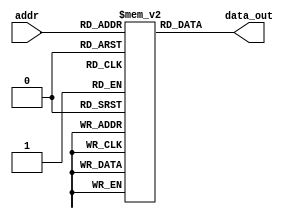
`timescale 1ns / 1ps
//////////////////////////////////////////////////////////////////////////////////
// Company: 
// Engineer: 
// 
// Design Name: 
// Module Name: InstMem
// Project Name: 
// Target Devices: 
// Tool Versions: 
// Description: 
// 
// Dependencies: 
// 
// Revision:
// Revision 0.01 - File Created
// Additional Comments:
// 
//////////////////////////////////////////////////////////////////////////////////


module InstMem (input [5:0] addr, output [31:0] data_out);
    reg [31:0] mem [0:63];
    assign data_out = mem[addr];
    
    //initialize the instruction memory
    initial begin
//program original given in lab
//        mem[0]=32'b000000000000_00000_010_00001_0000011 ; //lw x1, 0(x0)
//        mem[1]=32'b000000000100_00000_010_00010_0000011 ; //lw x2, 4(x0)
//        mem[2]=32'b000000001000_00000_010_00011_0000011 ; //lw x3, 8(x0)
//        mem[3]=32'b0000000_00010_00001_110_00100_0110011 ; //or x4, x1, x2
//        mem[4]=32'b0_000000_00011_00100_000_0100_0_1100011; //beq x4, x3, 4
//        mem[5]=32'b0000000_00010_00001_000_00011_0110011 ; //add x3, x1, x2
//        mem[6]=32'b0000000_00010_00011_000_00101_0110011 ; //add x5, x3, x2
//        mem[7]=32'b0000000_00101_00000_010_01100_0100011; //sw x5, 12(x0)
//        mem[8]=32'b000000001100_00000_010_00110_0000011 ; //lw x6, 12(x0)
//        mem[9]=32'b0000000_00001_00110_111_00111_0110011 ; //and x7, x6, x1
//        mem[10]=32'b0100000_00010_00001_000_01000_0110011 ; //sub x8, x1, x2
//        mem[11]=32'b0000000_00010_00001_000_00000_0110011 ; //add x0, x1, x2
//        mem[12]=32'b0000000_00001_00000_000_01001_0110011 ; //add x9, x0, x1
//program given in lab 7 with nops
//    mem[0]=32'b0000000_00000_00000_000_00000_0110011 ; //add x0, x0, x0
//    mem[1]=32'b000000000000_00000_010_00001_0000011 ; //lw x1, 0(x0)
//    mem[2]=32'b0000000_00000_00000_000_00000_0110011 ; //add x0, x0, x0
//    mem[3]=32'b0000000_00000_00000_000_00000_0110011 ; //add x0, x0, x0
//    mem[4]=32'b0000000_00000_00000_000_00000_0110011 ; //add x0, x0, x0
//    mem[5]=32'b000000000100_00000_010_00010_0000011 ; //lw x2, 4(x0)
//    mem[6]=32'b0000000_00000_00000_000_00000_0110011 ; //add x0, x0, x0
//    mem[7]=32'b0000000_00000_00000_000_00000_0110011 ; //add x0, x0, x0
//    mem[8]=32'b0000000_00000_00000_000_00000_0110011 ; //add x0, x0, x0
//    mem[9]=32'b000000001000_00000_010_00011_0000011 ; //lw x3, 8(x0)
//    mem[10]=32'b0000000_00000_00000_000_00000_0110011 ; //add x0, x0, x0
//    mem[11]=32'b0000000_00000_00000_000_00000_0110011 ; //add x0, x0, x0
//    mem[12]=32'b0000000_00000_00000_000_00000_0110011 ; //add x0, x0, x0
//    mem[13]=32'b0000000_00010_00001_110_00100_0110011 ; //or x4, x1, x2
//    mem[14]=32'b0000000_00000_00000_000_00000_0110011 ; //add x0, x0, x0
//    mem[15]=32'b0000000_00000_00000_000_00000_0110011 ; //add x0, x0, x0
//    mem[16]=32'b0000000_00000_00000_000_00000_0110011 ; //add x0, x0, x0
//    mem[17]=32'b0_000001_00011_00100_000_0000_0_1100011; //beq x4, x3, 16
//    mem[18]=32'b0000000_00000_00000_000_00000_0110011 ; //add x0, x0, x0
//    mem[19]=32'b0000000_00000_00000_000_00000_0110011 ; //add x0, x0, x0
//    mem[20]=32'b0000000_00000_00000_000_00000_0110011 ; //add x0, x0, x0
//    mem[21]=32'b0000000_00010_00001_000_00011_0110011 ; //add x3, x1, x2
//    mem[22]=32'b0000000_00000_00000_000_00000_0110011 ; //add x0, x0, x0
//    mem[23]=32'b0000000_00000_00000_000_00000_0110011 ; //add x0, x0, x0
//    mem[24]=32'b0000000_00000_00000_000_00000_0110011 ; //add x0, x0, x0
//    mem[25]=32'b0000000_00010_00011_000_00101_0110011 ; //add x5, x3, x2    //2196147
//    mem[26]=32'b0000000_00000_00000_000_00000_0110011 ; //add x0, x0, x0
//    mem[27]=32'b0000000_00000_00000_000_00000_0110011 ; //add x0, x0, x0
//    mem[28]=32'b0000000_00000_00000_000_00000_0110011 ; //add x0, x0, x0
//    mem[29]=32'b0000000_00101_00000_010_01100_0100011; //sw x5, 12(x0)      
//    mem[30]=32'b0000000_00000_00000_000_00000_0110011 ; //add x0, x0, x0
//    mem[31]=32'b0000000_00000_00000_000_00000_0110011 ; //add x0, x0, x0
//    mem[32]=32'b0000000_00000_00000_000_00000_0110011 ; //add x0, x0, x0
//    mem[33]=32'b000000001100_00000_010_00110_0000011 ; //lw x6, 12(x0)      //12591875 This instruction from lab7 will not work with byte addressable memroy
//    mem[34]=32'b0000000_00000_00000_000_00000_0110011 ; //add x0, x0, x0
//    mem[35]=32'b0000000_00000_00000_000_00000_0110011 ; //add x0, x0, x0
//    mem[36]=32'b0000000_00000_00000_000_00000_0110011 ; //add x0, x0, x0
//    mem[37]=32'b0000000_00001_00110_111_00111_0110011 ; //and x7, x6, x1
//    mem[38]=32'b0000000_00000_00000_000_00000_0110011 ; //add x0, x0, x0
//    mem[39]=32'b0000000_00000_00000_000_00000_0110011 ; //add x0, x0, x0
//    mem[40]=32'b0000000_00000_00000_000_00000_0110011 ; //add x0, x0, x0
//    mem[41]=32'b0100000_00010_00001_000_01000_0110011 ; //sub x8, x1, x2
//    mem[42]=32'b0000000_00000_00000_000_00000_0110011 ; //add x0, x0, x0
//    mem[43]=32'b0000000_00000_00000_000_00000_0110011 ; //add x0, x0, x0
//    mem[44]=32'b0000000_00000_00000_000_00000_0110011 ; //add x0, x0, x0
//    mem[45]=32'b0000000_00010_00001_000_00000_0110011 ; //add x0, x1, x2
//    mem[46]=32'b0000000_00000_00000_000_00000_0110011 ; //add x0, x0, x0
//    mem[47]=32'b0000000_00000_00000_000_00000_0110011 ; //add x0, x0, x0
//    mem[48]=32'b0000000_00000_00000_000_00000_0110011 ; //add x0, x0, x0
//    mem[49]=32'b0000000_00001_00000_000_01001_0110011 ; //add x9, x0, x1
//program from lab 7 suitable for forwarding ragab
//mem[0]=32'b0000000_00000_00000_000_00000_0110011 ; //add x0, x0, x0//added to be skipped since PC starts with 4 after reset 
//    mem[1]=32'b000000000000_00000_010_00001_0000011 ; //lw x1, 0(x0)     8323
//    mem[2]=32'b000000000100_00000_010_00010_0000011 ; //lw x2, 4(x0)    //4202755
//    mem[3]=32'b000000001000_00000_010_00011_0000011 ; //lw x3, 8(x0)    //8397187
//    mem[4]=32'b0000000_00010_00001_110_00100_0110011 ; //or x4, x1, x2  //2155059
////    mem[5]=32'b00000000001100100000101001100011; //beq x4, x3, 20 //36831331
//    mem[5]=32'b0_000001_00011_00100_000_0000_0_1100011; //beq x4, x3, 16
//    mem[6]=32'b0000000_00000_00000_000_00000_0110011 ; //add x0, x0, x0 
//    mem[7]=32'b0000000_00000_00000_000_00000_0110011 ; //add x0, x0, x0 
//    mem[8]=32'b0000000_00000_00000_000_00000_0110011 ; //add x0, x0, x0 
//    mem[9]=32'b0000000_00010_00001_000_00011_0110011 ; //add x3, x1, x2  //2130355
//    mem[10]=32'b0000000_00010_00011_000_00101_0110011 ; //add x5, x3, x2 //2196147
//    mem[11]=32'b0000000_00101_00000_010_01100_0100011; //sw x5, 12(x0)  //5252643
//    mem[12]=32'b000000001100_00000_010_00110_0000011 ; //lw x6, 12(x0)      //12591875
//    mem[13]=32'b0000000_00000_00000_000_00000_0110011 ; //add x0, x0, x0   
//    mem[14]=32'b0000000_00001_00110_111_00111_0110011 ; //and x7, x6, x1  //1274803
//    mem[15]=32'b0100000_00010_00001_000_01000_0110011 ; //sub x8, x1, x2
//    mem[16]=32'b0000000_00010_00001_000_00000_0110011 ; //add x0, x1, x2 
//    mem[17]=32'b0000000_00001_00000_000_01001_0110011 ; //add x9, x0, x1
//temprorary trial
mem[0]=32'b0000000_00000_00000_000_00000_0110011 ; //add x0, x0, x0//added to be skipped since PC starts with 4 after reset 
 mem[1]=32'b000000000000_00000_010_00001_0000011 ; //lw x1, 0(x0)  17
            mem[2]=32'b000000000100_00000_010_00010_0000011 ; //lw x2, 4(x0)  9
            mem[3]=32'b000000001000_00000_010_00011_0000011 ; //lw x3, 8(x0) 25
            mem[4]=32'b0000000_00010_00001_110_00100_0110011 ; //or x4, x1, x2 25
//            mem[5]=32'b00000000001100100000111001100011; //beq x4, x3, 28 0
            mem[5]=32'b00000000001100100000101001100011; //beq x4, x3, 20 0
//            mem[6]=32'b0000000_00000_00000_000_00000_0110011 ; //add x0, x0, x0
//            mem[7]=32'b0000000_00000_00000_000_00000_0110011 ; //add x0, x0, x0
//            mem[8]=32'b0000000_00000_00000_000_00000_0110011 ; //add x0, x0, x0
            mem[6]=32'b0000000_00010_00001_000_00011_0110011 ; //add x3, x1, x2
            mem[7]=32'b0000000_00000_00000_000_00000_0110011 ; //add x0, x0, x0
            mem[8]=32'b0000000_00000_00000_000_00000_0110011 ; //add x0, x0, x0
            mem[9]=32'b0000000_00000_00000_000_00000_0110011 ; //add x0, x0, x0
            mem[10]=32'b0000000_00010_00011_000_00101_0110011 ; //add x5, x3, x2 34
            mem[11]=32'b0000000_00101_00000_010_01100_0100011; //sw x5, 12(x0)
            mem[12]=32'b000000001100__00000_010_00110_0000011; //lw x6, 12(x0)
//            mem[15]=32'b0000000_00000_00000_000_00000_0110011 ; //add x0, x0, x0
            mem[13]=32'b0000000_00001_00110_111_00111_0110011 ; //and x7, x6, x1
            mem[14]=32'b0100000_00010_00001_000_01000_0110011 ; //sub x8, x1, x2
            mem[15]=32'b0000000_00010_00001_000_00000_0110011 ; //add x0, x1, x2
            mem[16]=32'b0000000_00001_00000_000_01001_0110011 ; //add x9, x0, x1
            








//program for lab 6
//          mem[0] = 32'b00000000000000000010000110000011;//lw x3, 0(x0)
//          mem[1] = 32'b00000000010000000010001000000011;//lw x4, 4(x0)
//          mem[2] = 32'b00000000100000000010001010000011;//lw x5, 8(x0)
//          mem[3] = 32'b00000000110000000010000010000011;//lw x1, 12(x0)
//          mem[4] = 32'b00000000000000101000100001100011;//beq x5, zero, 16
//          mem[5] = 32'b00000000010000011000000110110011;//add x3, x3, x4
//          mem[6] = 32'b00000000000100101000001010110011;//add x5, x5, x1 
//          mem[7] = 32'b11111110000000000000101011100011;//beq zero, zero, -12
//          mem[8] = 32'b00000000000000000000000000110011;//add x0, x0, x0
//          mem[9] = 32'b01000000010000011000000110110011;//sub x3, x3, x4
//          mem[10] = 32'b00000000010000011111000110110011;//and x3, x3, x4
//          mem[11] = 32'b00000000010000011110000110110011;//or x3, x3, x4
//          mem[12] = 32'b00000000001100000010100000100011;//sw x3, 16(x0)
//program for testing load instructions 
//            mem[0] = 32'b00000000000000110000001110000011; // lb x7, 0(x6)
//            mem[1] = 32'b00000000010000110000010000000011; // lb x8, 4(x6)
//            mem[2] = 32'b00000000000000110001010010000011; // lh x9, 0(x6)
//            mem[3] = 32'b00000000100000110001010100000011; // lh x10, 8(x6)
//            mem[4] = 32'b00000000000000110010010110000011; // lw x11, 0(x6)
//            mem[5] = 32'b00000000010000110100011000000011; // lbu x12, 4(x6)
//            mem[6] = 32'b00000000110000110100011010000011; // lbu x13, 12(x6)
//            mem[7] = 32'b00000000000000110101011100000011; // lhu x14, 0(x6)
//            mem[8] = 32'b00000001000000110101011110000011; // lhu x15, 16(x6)    
//program for testing branch instructins
//                mem[0] = 32'b00000000101000000000001010010011;  // addi x5, x0, 10
//                mem[1] = 32'b00000001010000000000001100010011;  // addi x6, x0, 20
//                mem[2] = 32'b00000000101000000000001110010011;  // addi x7, x0, 10
//                mem[3] = 32'b11111111111100000000010000010011;  // addi x8, x0, -1
//                mem[4] = 32'b11111111111000000000010010010011;  // addi x9, x0, -2
//                mem[5] = 32'b00000000011100101000010001100011;  // beq x5, x7, 8
//                mem[6] = 32'b00000000000100000000010100010011;  // addi x10, x0, 1
//                mem[7] = 32'b00000000011000101001010001100011;  // bne x5, x6, 8
//                mem[8] = 32'b00000000001000000000010100010011;  // addi x10, x0, 2
//                mem[9] = 32'b00000000011000101100010001100011;  // blt x5, x6, 8
//                mem[10] = 32'b00000000001100000000010100010011; // addi x10, x0, 3
//                mem[11] = 32'b00000000011000101101010001100011; // bge x5, x6, 8
//                mem[12] = 32'b00000000010000000000010100010011; // addi x10, x0, 4
//                mem[13] = 32'b00000000100101000110010001100011; // bltu x8, x9, 8 //will not branch and in rars next call is ecall
//program for testing storing instructions
//            mem[0] = 32'b00000000010100000000000010010011;//addi x1, x0, 5
//            mem[1] = 32'b00111110011100000000000100010011;//addi x2, x0, 999
//            mem[2] = 32'b11111011111100000000000110010011;//addi x3, x0, -65
//            mem[3] = 32'b00000000010000000000001000010011;//addi x4, x0, 4
//            mem[4] = 32'b00000000000100110000000000100011;//sb x1, 0(x6)
//            mem[5] = 32'b00000000001000110001000100100011;//sh x2, 2(x6)
//            mem[6] = 32'b00000000001100110010001000100011;//sw x3, 4(x6)

    end
    
endmodule